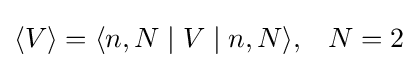
\langle V\rangle =\langle n,N\mid V\mid n,N\rangle ,\;\;\;N=2